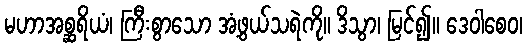
မဟာအစ္ဆရိယံ၊ ကြီးစွာသော အံ့ဖွယ်သရဲကို။ ဒိသွာ၊ မြင်၍။ ဒေဝါစေဝ၊